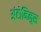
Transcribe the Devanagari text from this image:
अंटोनिनुस